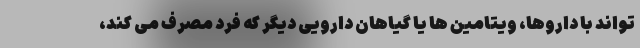
تواند با داروها، ویتامین ها یا گیاهان دارویی دیگر که فرد مصرف می کند،